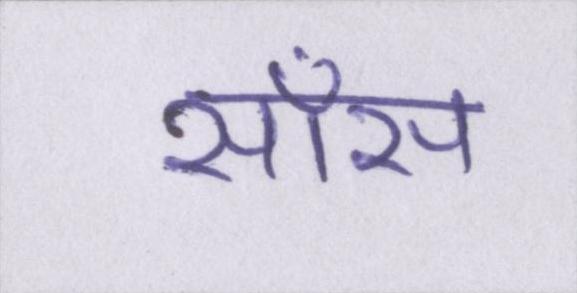
साँस